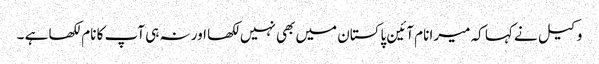
وکیل نے کہا کہ میرا نام آئین پاکستان میں بھی نہیں لکھا اور نہ ہی آپ کا نام لکھا ہے ۔